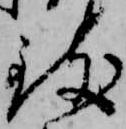
致